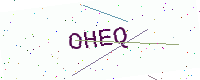
Text: OHEQ